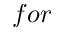
f o r